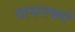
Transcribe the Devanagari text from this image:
वायनबर्ग